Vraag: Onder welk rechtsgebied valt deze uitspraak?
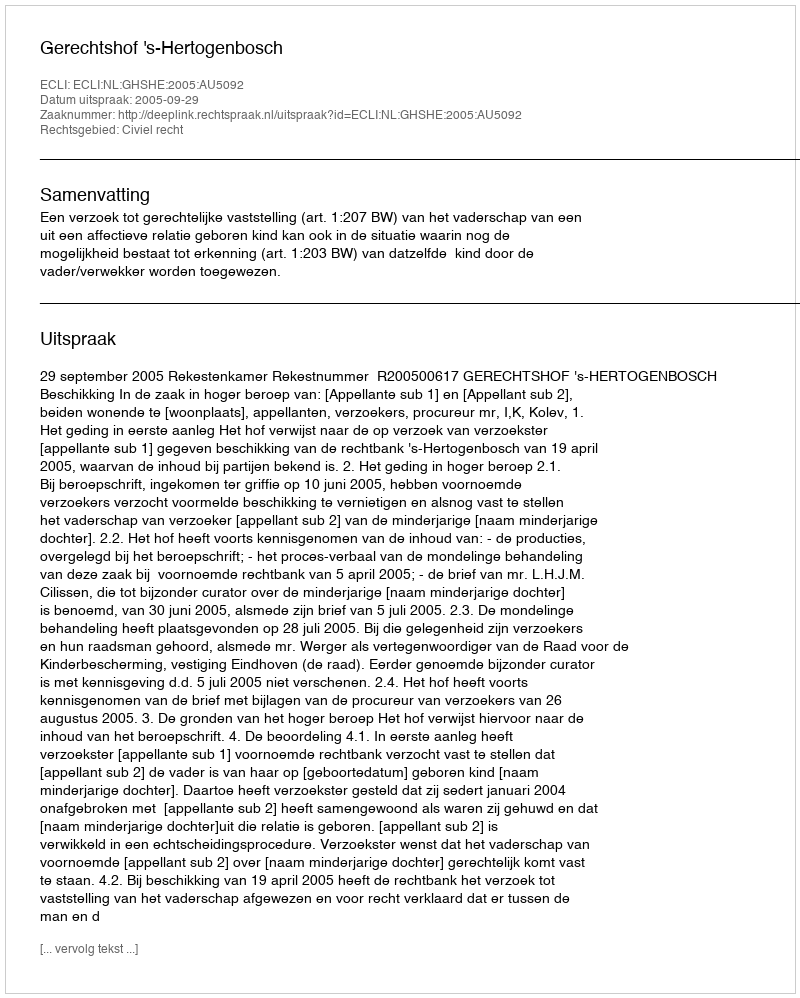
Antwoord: Civiel recht